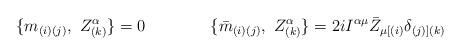
LaTeX: \begin{align*}\{m_{(i)(j)}, \ Z^{\alpha}_{(k)} \}= 0\qquad \qquad\{{\bar m}_{(i)(j)}, \ Z^{\alpha}_{(k)} \}=2iI^{\alpha \mu}{\bar Z}_{\mu [(i)}\delta_{(j)](k)}\end{align*}